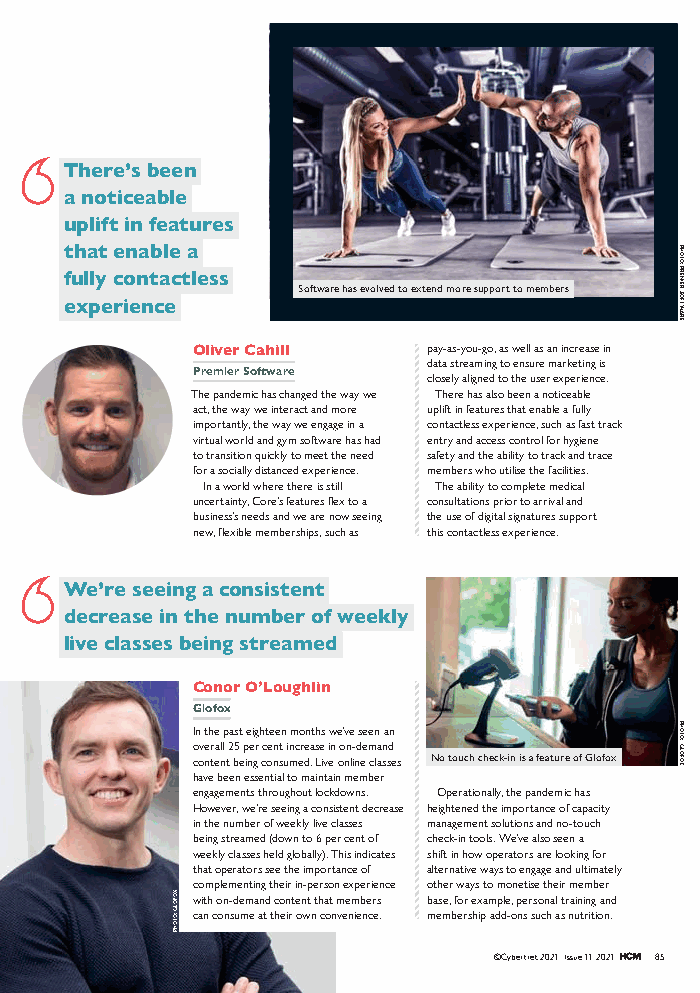
There’s been
 a noticeable
 uplift in features
 that enable a
 fully contactless
 Software has evolved to extend more support to members
 experience
 Oliver Cahill  pay-as-you-go, as well as an increase in
 data streaming to ensure marketing is
 Premier Software
 closely aligned to the user experience.
 The pandemic has changed the way we There has also been a noticeable
 act, the way we interact and more uplift in features that enable a fully
 importantly, the way we engage in a contactless experience, such as fast track
 virtual world and gym software has had entry and access control for hygiene
 to transition quickly to meet the need safety and the ability to track and trace
 for a socially distanced experience. members who utilise the facilities.
 In a world where there is still The ability to complete medical
 uncertainty, Core’s features flex to a consultations prior to arrival and
 business’s needs and we are now seeing the use of digital signatures support
 new, flexible memberships, such as this contactless experience.
 We’re seeing a consistent
 decrease in the number of weekly
 live classes being streamed
 Conor O’Loughlin
 Glofox
 In the past eighteen months we’ve seen an
 overall 25 per cent increase in on-demand
 content being consumed. Live online classes No touch check-in is a feature of Glofox
 have been essential to maintain member
 engagements throughout lockdowns. Operationally, the pandemic has
 However, we’re seeing a consistent decrease heightened the importance of capacity
 in the number of weekly live classes management solutions and no-touch
 being streamed (down to 6 per cent of check-in tools. We’ve also seen a
 weekly classes held globally). This indicates shift in how operators are looking for
 that operators see the importance of alternative ways to engage and ultimately
 complementing their in-person experience other ways to monetise their member
 with on-demand content that members base, for example, personal training and
 can consume at their own convenience. membership add-ons such as nutrition.
 ©Cybertrek 2021 Issue 11 2021 85
 XOFOLG
 :OTOHP
 PHOTO:
 PREMIER
 SOFTWARE
 PHOTO:
 GLOFOX